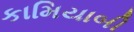
કામિયાબી